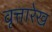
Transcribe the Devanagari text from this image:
वृत्तारेख